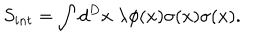
S _ { i n t } = \int d ^ { D } x \; \lambda \phi ( x ) \sigma ( x ) \sigma ( x ) .